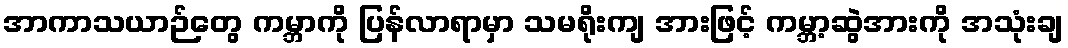
အာကာသယာဉ်တွေ ကမ္ဘာကို ပြန်လာရာမှာ သမရိုးကျ အားဖြင့် ကမ္ဘာ့ဆွဲအားကို အသုံးချ